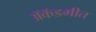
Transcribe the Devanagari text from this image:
ॲकॅडमीत